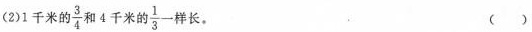
(2)1千米的3和4千米的\frac{1}{3}样长。 ()